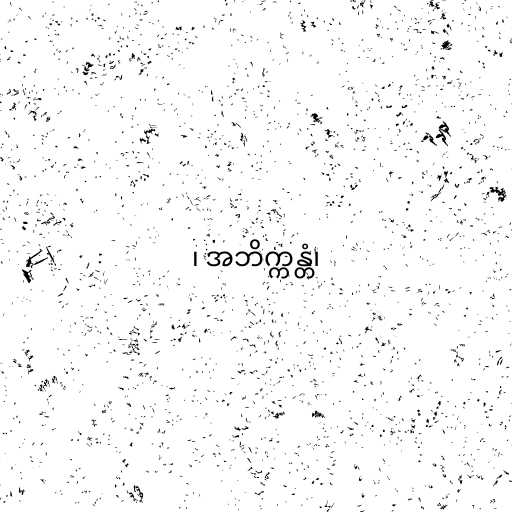
၊ အဘိက္ကန္တံ၊